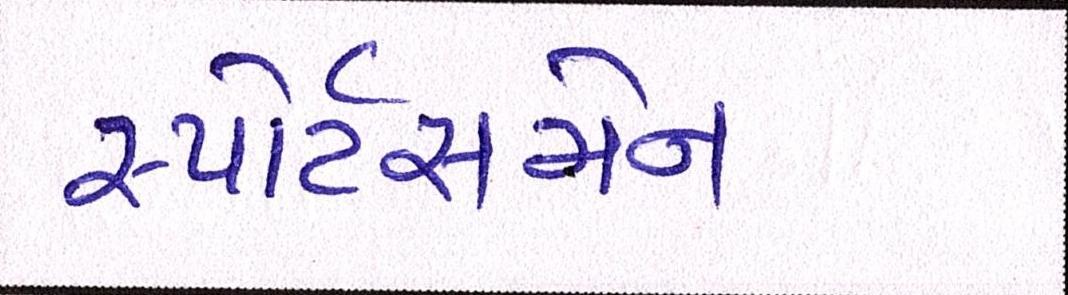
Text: સ્પોર્ટસમેન